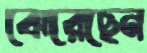
ঝেরেছেন